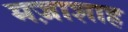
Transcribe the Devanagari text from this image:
मज़ाशाह